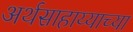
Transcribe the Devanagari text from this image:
अर्थसाहाय्याच्या